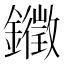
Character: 𮣚